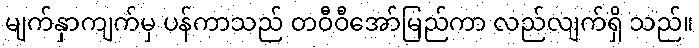
မျက်နှာကျက်မှ ပန်ကာသည် တဝီဝီအော်မြည်ကာ လည်လျက်ရှိ သည်။